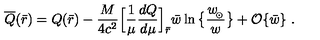
\overline { Q } ( \bar { r } ) = Q ( \bar { r } ) - { \frac { M } { 4 c ^ { 2 } } } \Big [ { \frac { 1 } { \mu } } { \frac { d Q } { d \mu } } \Big ] _ { \bar { r } } \bar { w } \ln \big \{ { \frac { w _ { \! _ { \odot } } } { w } } \big \} + { \cal O } \{ \bar { w } \} \ .